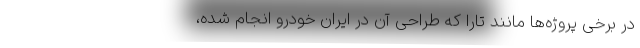
در برخی پروژه‌ها مانند تارا که طراحی آن در ایران خودرو انجام شده،